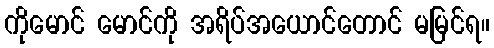
ကိုမောင် မောင်ကို အရိပ်အယောင်တောင် မမြင်ရ။